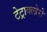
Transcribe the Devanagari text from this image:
टेट्राक्लोरो